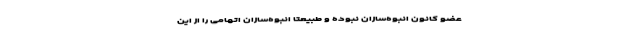
عضو کانون انبوه‌سازان نبوده و طبیعتا انبوه‌سازان اتهامی را از این